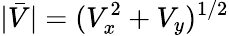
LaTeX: |\bar{V}|=(V_{x}^{2}+V_{y})^{1/2}